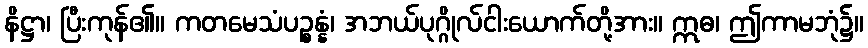
နိဋ္ဌာ၊ ပြီးကုန်၏။ ကတမေသံပဉ္စန္နံ၊ အဘယ်ပုဂ္ဂိုလ်ငါးယောက်တို့အား။ ဣဓ၊ ဤကာမဘုံ၌။